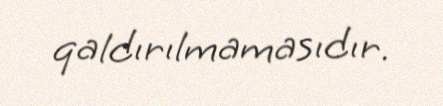
qaldırılmamasıdır.